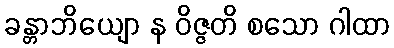
ခန္တာဘိယျော န ဝိဇ္ဇတိ စသော ဂါထာ